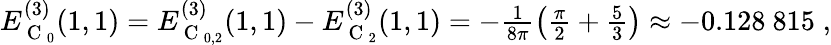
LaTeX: \begin{array}{r}{E_{\mathrm{~C~}_{0}}^{(3)}(1,1)=E_{\mathrm{~C~}_{0,2}}^{(3)}(1,1)-E_{\mathrm{~C~}_{2}}^{(3)}(1,1)=-\frac{1}{8\pi}\left(\frac{\pi}{2}+\frac{5}{3}\right)\approx-0.128\ 815\; ,}\end{array}